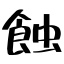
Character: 蝕